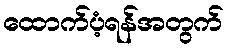
ထောက်ပံ့ရန်အတွက်